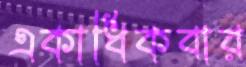
একাধিকবার